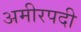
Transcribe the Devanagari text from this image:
अमीरपदी